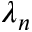
\lambda _ { n }